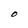
Character: O